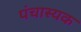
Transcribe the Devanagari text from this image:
पंचास्यक